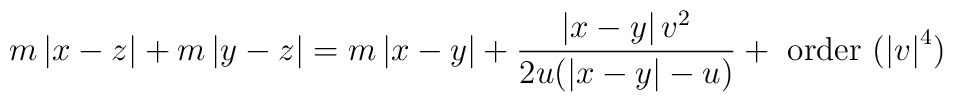
m\left|x-z\right|+m\left|y-z\right|=m\left|x-y\right|+\frac{\left|x-y	\right|v^2}{2u(\left|x-y\right|-u)}+\textrm{ order }(\left|v\right|^4)